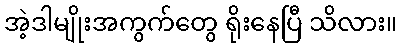
အဲ့ဒါမျိုးအကွက်တွေ ရိုးနေပြီ သိလား။